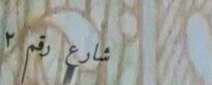
شارع رقم ٢